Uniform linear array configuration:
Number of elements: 64
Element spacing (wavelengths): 1
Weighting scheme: exponential
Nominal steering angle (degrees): -30
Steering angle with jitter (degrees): -28.315
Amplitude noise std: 0.05
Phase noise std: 0.05

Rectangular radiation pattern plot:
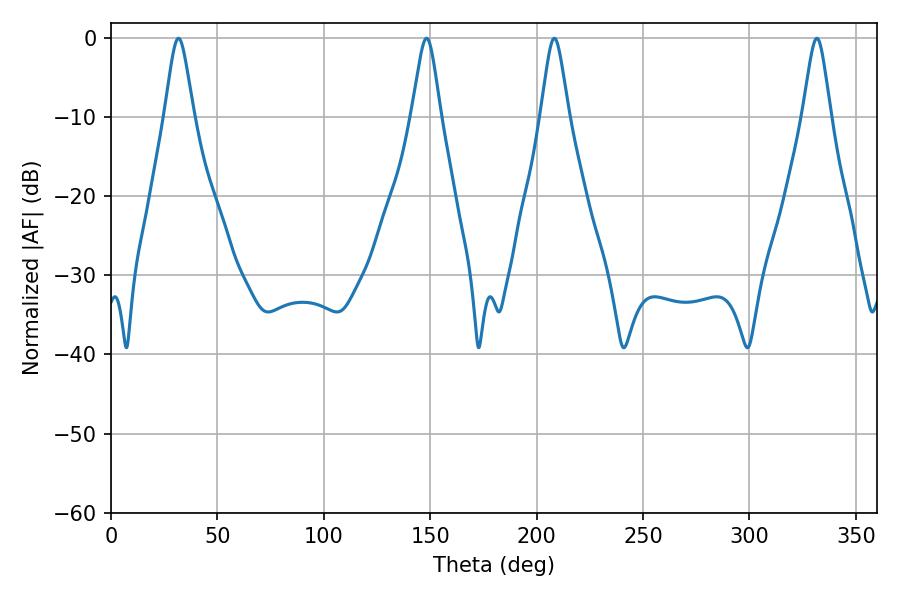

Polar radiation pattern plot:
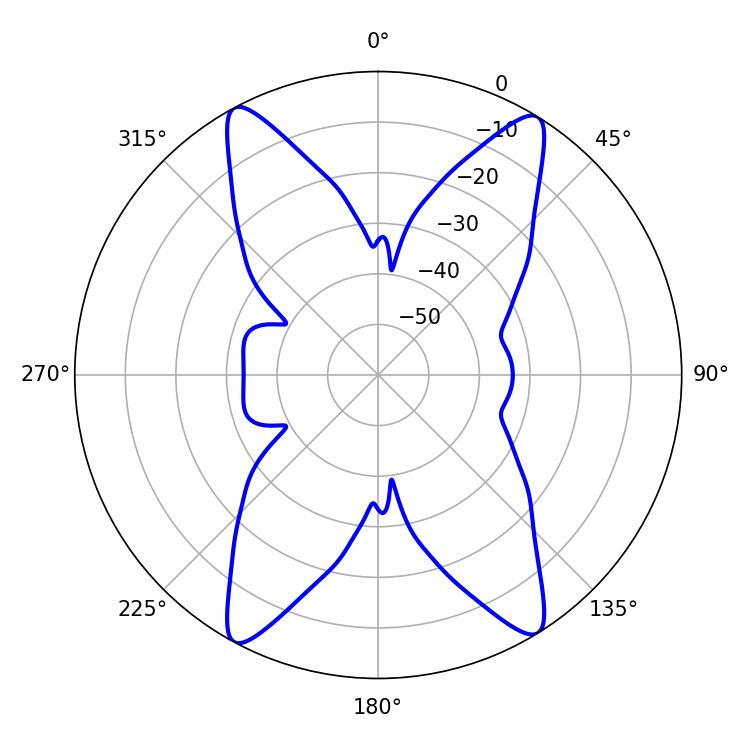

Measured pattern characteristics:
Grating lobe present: TRUE
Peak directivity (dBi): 20.025
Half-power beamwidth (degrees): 6.66
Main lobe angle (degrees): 148.32